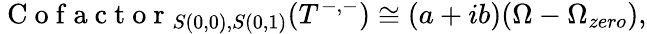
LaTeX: \mathrm{~C~o~f~a~c~t~o~r~}_{S(0,0),S(0,1)}(T^{-,-})\cong(a+ib)(\Omega-\Omega_{zero}),